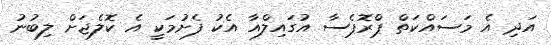
އަދި އެ މަސައްކަތް ޕްރޮޕެސާ އުގައިލްއާ އެކު ފެށުމަކީ އެ ކޮލެޖަށް ލިބުނު